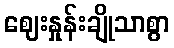
ဈေးနှုန်းချိုသာစွာ